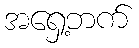
အရှေ့ဘက်